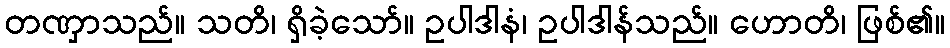
တဏှာသည်။ သတိ၊ ရှိခဲ့သော်။ ဥပါဒါနံ၊ ဥပါဒါန်သည်။ ဟောတိ၊ ဖြစ်၏။